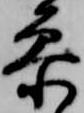
参